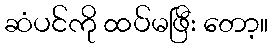
ဆံပင်ကို ထပ်မဖြီး တော့။